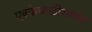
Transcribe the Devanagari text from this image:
एक्केचाळीसाव्या